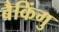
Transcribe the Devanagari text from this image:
बैकिंगु